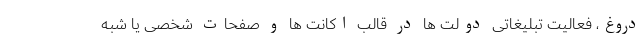
دروغ، فعالیت تبلیغاتی دولت ها در قالب اکانت ها و صفحات شخصی یا شبه